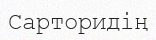
Сарторидің